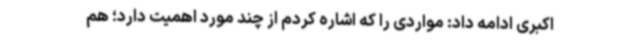
اکبری ادامه داد: مواردی را که اشاره کردم از چند مورد اهمیت دارد؛ هم